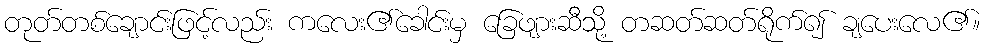
တုတ်တစ်ချောင်းဖြင့်လည်း ကလေး၏ခေါင်းမှ ခြေဖျားဆီသို့ တဆတ်ဆတ်ရိုက်၍ ချပေးလေ၏။